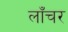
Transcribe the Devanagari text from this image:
लाँचर